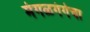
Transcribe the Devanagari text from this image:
मंगळगंगेचा